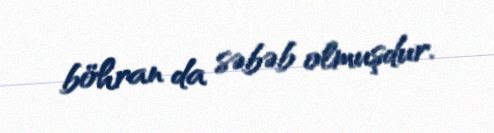
böhran da səbəb olmuşdur.